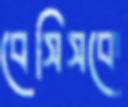
বেসিসকে